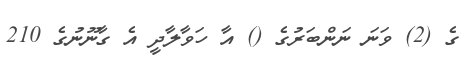
ގެ (2) ވަނަ ނަންބަރުގެ () އާ ހަވާލާދީ އެ ގާނޫނުގެ 210